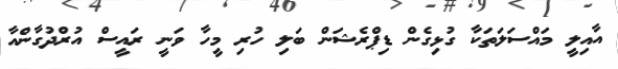
އާއިލީ މައްސަލަތަކާ ގުޅިގެން ޑިޕްރެޝަން ބަލި ހުރި މީހާ ވަނީ ރައީސް އުރްދުގާންއާ